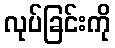
လုပ်ခြင်းကို